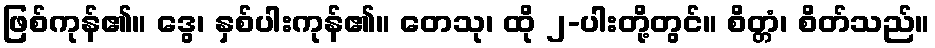
ဖြစ်ကုန်၏။ ဒွေ၊ နှစ်ပါးကုန်၏။ တေသု၊ ထို ၂-ပါးတို့တွင်။ စိတ္တံ၊ စိတ်သည်။